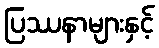
ပြဿနာများနှင့်